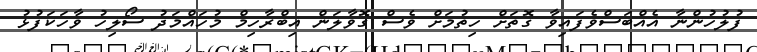
ފުލުހުންނާ އެއްބަސްވެފައިވާ ގޮތަށް ހިތުމަށް ވެސް ގޮވާލަން އިބްރާހިމް މުހައްމަދު ސޯލިހު ވާހަކަފުޅު